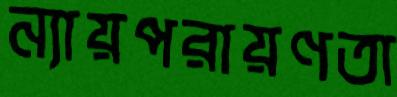
ন্যায়পরায়ণতা